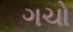
ગચો